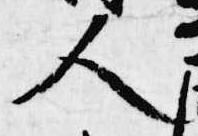
人